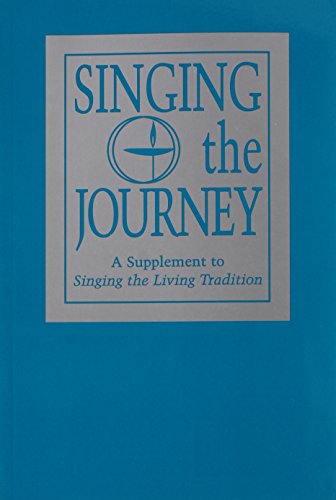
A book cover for Singing the Journey: A Supplement to Singing the Living Tradition; Unitarian Universalist Association; Religion & Spirituality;